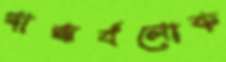
গান্ধর্বলোক